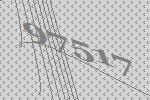
97517